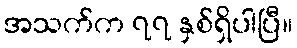
အသက်က ၇၇ နှစ်ရှိပါပြီ။